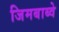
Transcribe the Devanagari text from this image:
जिमबाब्वे